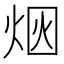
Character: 𰞥